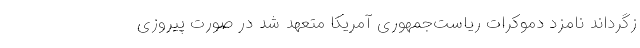
زگرداند نامزد دموکرات ریاست‌جمهوری آمریکا متعهد شد در صورت پیروزی